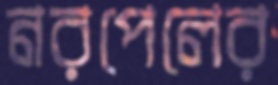
নরপেলের